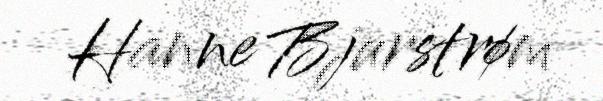
Hanne Bjurstrøm